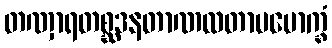
တဏှာရတစ္ဆဒနတာဏလတာပမောက္ခံ